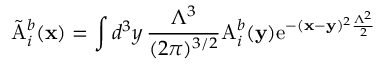
\tilde { \mathrm { A } } _ { i } ^ { b } ( { \bf x } ) = \int d ^ { 3 } y \, { \frac { \Lambda ^ { 3 } } { ( 2 \pi ) ^ { 3 / 2 } } } \mathrm { A } _ { i } ^ { b } ( { \bf y } ) \mathrm { e } ^ { - ( { \bf x } - { \bf y } ) ^ { 2 } { \frac { \Lambda ^ { 2 } } { 2 } } }